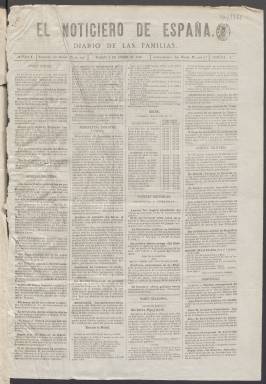
Título: El Noticiero de España (Madrid)
Colección: Periódicos
Ámbito geográfico: Madrid
Lugar de publicación: Madrid
Fechas: 01/01/1868-14/06/1868